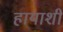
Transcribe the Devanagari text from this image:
हायाशी